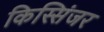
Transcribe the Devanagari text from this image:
किस्सिंजर